Civil Veterinary Dept. Bombay admin report 1914-1922 - 1914-1922
Year: 1914
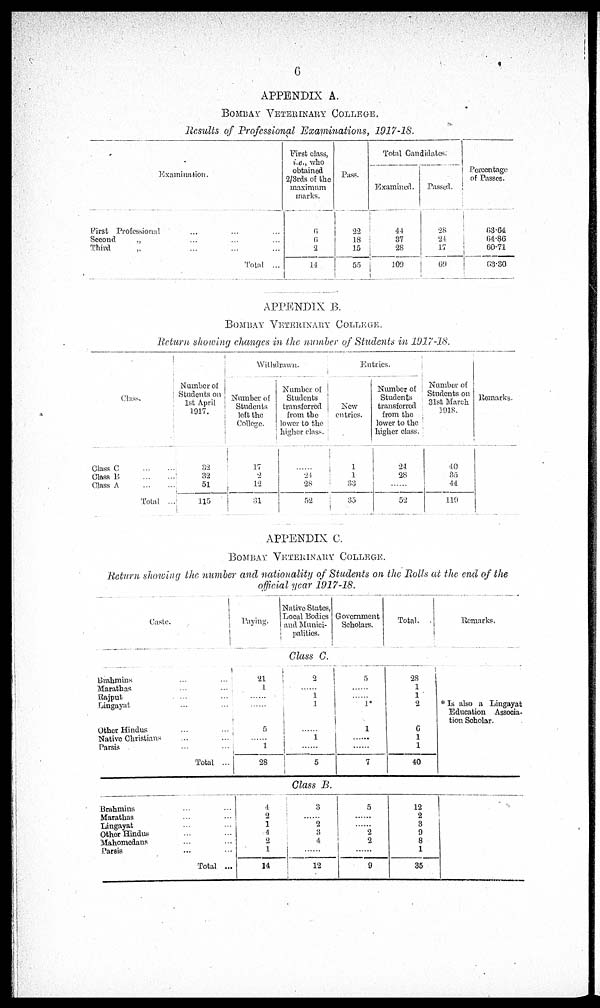
6
APPENDIX A.
BOMBAY VETERINARY COLLEGE.
Results of Professional Examinations, 1917-18.
Examination.
First Professional ... ... ...
Second „ ... ... ...
Third „ ... ... ...
Total ...
First class,
i.e., who
obtained
2/3rds of the
maximum
marks.
6
6
2
14
Pass.
22
18
15
55
Total Candidates.
Examined.
44
37
28
109
Passed.
28
24
17
69
Percentage
of Passes.
63.64
64.86
60.71
63.30
APPENDIX B.
BOMBAY
VETERINARY
COLLEGE.
Return showing changes in the number of Students in 1917-18.
Class.
Class C ... ...
Class B ... ...
Class A ... ...
Total ...
Number of
Students on
1st April
1917.
32
32
51
115
Withdrawn.
Number of
Students
left the
College.
17
2
12
31
Number of
Students
transferred
from the
lower to the
higher class.
......
24
28
52
Entries.
New
entries.
1
1
33
35
Number of
Students
transferred
from the
lower to the
higher class.
24
28
......
52
Number of
Students on
31st March
1918.
40
35
44
119
Remarks.
APPENDIX C.
BOMBAY VETERINARY COLLEGE.
Return showing the number and nationality of Students on the Rolls at the end of the
official year 1917-18.
Caste.
Paying.
Native States,
Local Bodies
and Munici-
palities.
Government
Scholars.
Total.
Remarks.
Class C.
Brahmins ... ...
Marathas ... ...
Rajput ... ...
Lingayat ... ...
Other Hindus ... ...
Native Christians ... ...
Parsis ... ...
Total ...
21
1
......
......
5
......
1
28
2
......
1
1
......
1
......
5
5
......
......
1*
1
......
......
7
28
1
1
2
6
1
1
40
* Is also a Lingayat
Education Associa-
tion Scholar.
Class B.
Brahmins ... ...
Marathas ... ...
Lingayat ... ...
Other Hindus ... ... ...
Mahomedans ... ...
Parsis
...
...
Total ...
4
2
1
4
2
1
14
3
......
2
3
4
12
5
......
...... 2
2
......
9
12
2
3
9
8
1
35